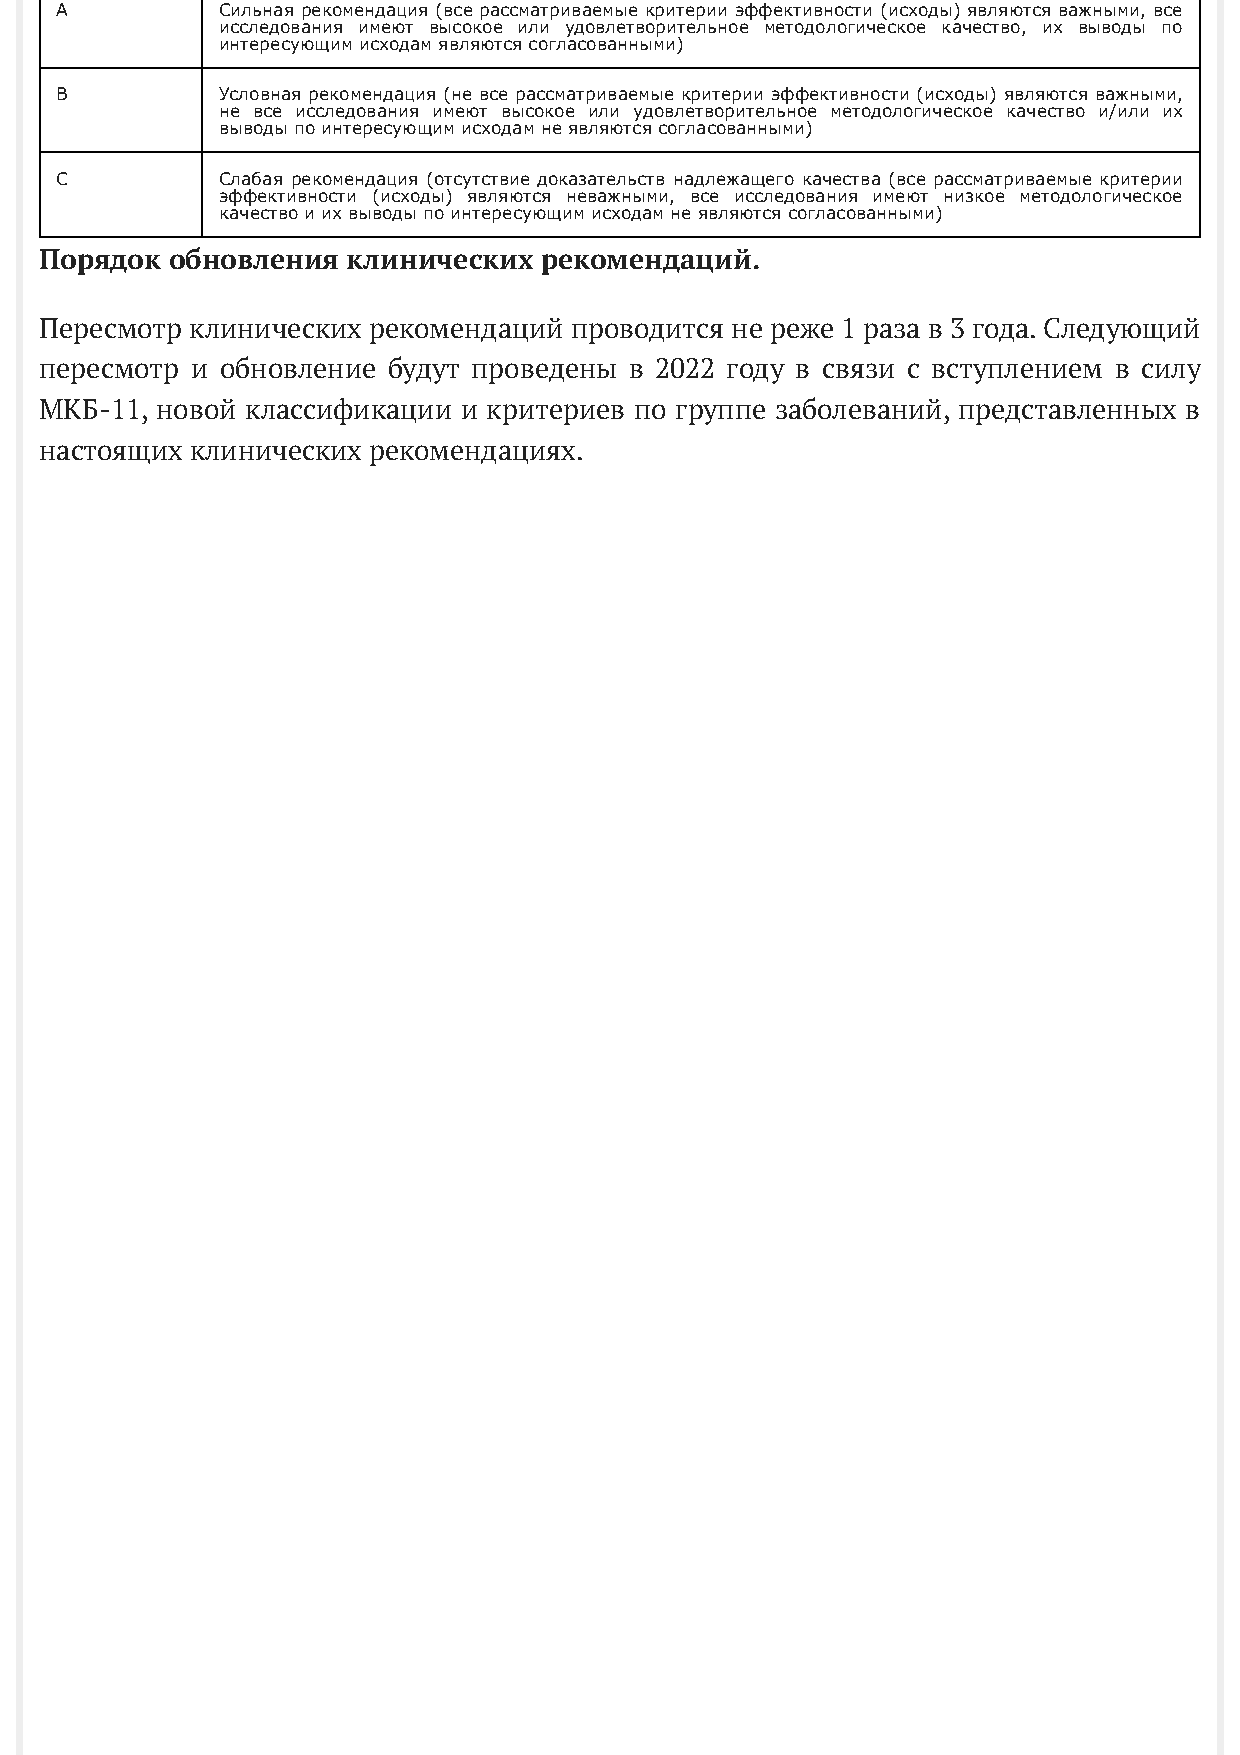
A         Сильная рекомендация (все рассматриваемые критерии эффективности (исходы) являются важными, все
 исследования имеют высокое или удовлетворительное методологическое качество, их выводы по
 интересующим исходам являются согласованными)
 B         Условная рекомендация (не все рассматриваемые критерии эффективности (исходы) являются важными,
 не все исследования имеют высокое или удовлетворительное методологическое качество и/или их
 выводы по интересующим исходам не являются согласованными)
 C         Слабая рекомендация (отсутствие доказательств надлежащего качества (все рассматриваемые критерии
 эффективности (исходы) являются неважными, все исследования имеют низкое методологическое
 качество и их выводы по интересующим исходам не являются согласованными)
 Порядок обновления  клинических  рекомендаций.
 Пересмотр клинических рекомендаций проводится не реже 1 раза в 3 года. Следующий
 пересмотр и обновление будут проведены в 2022 году в связи с вступлением в силу
 МКБ-11, новой классификации и критериев по группе заболеваний, представленных в
 настоящих клинических рекомендациях.